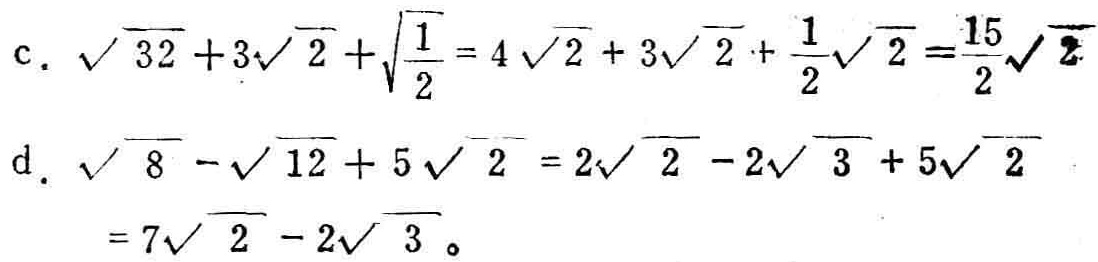
c. \(\sqrt{32}+3\sqrt{2}+\sqrt{\frac{1}{2}} = 4\sqrt{2}+3\sqrt{2}+\frac{1}{2}\sqrt{2}=\frac{15}{2}\sqrt{2}\)
d. \(\sqrt{8}-\sqrt{12}+5\sqrt{2}=2\sqrt{2}-2\sqrt{3}+5\sqrt{2}=7\sqrt{2}-2\sqrt{3}\)